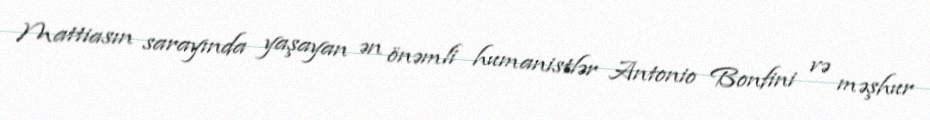
Mattiasın sarayında yaşayan ən önəmli humanistlər Antonio Bonfini və məşhur